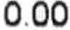
0.00